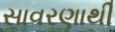
સાવરણાથી